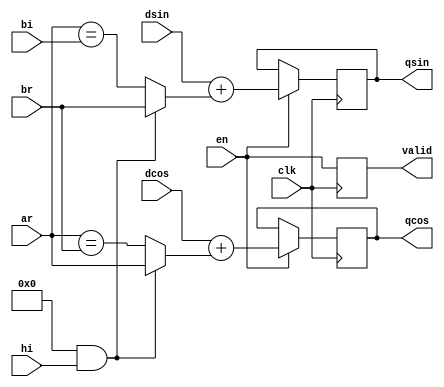
`timescale 1ns/100ps
/*
 * Module      : verilog/tart_wishbone.v
 * Copyright   : (C) Tim Molteno     2016
 *             : (C) Max Scheel      2016
 *             : (C) Patrick Suggate 2016
 * License     : LGPL3
 * 
 * Maintainer  : Patrick Suggate <patrick.suggate@gmail.com>
 * Stability   : Experimental
 * Portability : only tested with a Papilio board (Xilinx Spartan 6)
 * 
 * 
 * This file is part of TART.
 * 
 * TART is free software: you can redistribute it and/or modify it under the
 * terms of the GNU Lesser Public License as published by the Free Software
 * Foundation, either version 3 of the License, or (at your option) any later
 * version.
 * 
 * TART is distributed in the hope that it will be useful, but WITHOUT ANY
 * WARRANTY; without even the implied warranty of MERCHANTABILITY or FITNESS
 * FOR A PARTICULAR PURPOSE.  See the GNU Lesser Public License for more
 * details.
 * 
 * You should have received a copy of the GNU Lesser Public License along with
 * TART.  If not, see <http://www.gnu.org/licenses/>.
 * 
 * 
 * Description:
 * Performs a "complex correlation step."
 * 
 * NOTE:
 *  + not a normal correlation, but computes real sine and cosine components;
 * 
 * TODO:
 * 
 */

module correlate_cos_sin
  #( parameter ACCUM = 24,
     parameter MSB   = ACCUM-1,
     parameter SUMHI = 0,       // is "ones-counting" needed?
     parameter DELAY = 3)
   (
    input          clk,
    input          en,

    input          hi,
    input          ar,
    input          br,
    input          bi,

    input [MSB:0]  dcos,
    input [MSB:0]  dsin,

    output reg     valid = 0,
    output [MSB:0] qcos,
    output [MSB:0] qsin
    );


`ifdef __USE_SWAPPED_MEANS
   wire        c0 = SUMHI && hi ? br == 1'b1 : ar == br;
   wire        c1 = SUMHI && hi ? ar == 1'b1 : ar == bi;
`else
   wire        c0 = SUMHI && hi ? ar == 1'b1 : ar == br;
   wire        c1 = SUMHI && hi ? br == 1'b1 : ar == bi;
`endif

   always @(posedge clk)
     valid <= #DELAY en;

`define __licarus
`ifdef  __licarus
// `ifdef __icarus
   reg [MSB:0]     r_cos = 0;
   reg [MSB:0]     r_sin = 0;

   wire [ACCUM:0]  w_cos = dcos + c0;
   wire [ACCUM:0]  w_sin = dsin + c1;

   assign qcos = r_cos;
   assign qsin = r_sin;

   always @(posedge clk)
     if (en) begin
        r_cos <= #DELAY w_cos[MSB:0];
        r_sin <= #DELAY w_sin[MSB:0];
//         r_sin <= #DELAY {ACCUM{1'b1}};
     end

`else // !`ifdef __icarus
   wire [MSB:0] w_cos = c0 ? dcos + 1 : dcos;
   wire [MSB:0] w_sin = c1 ? dsin + 1 : dsin;

   FDRE #( .INIT(0)) RCOS [MSB:0]
     ( .D(w_cos), .C(clk), .R(1'b0), .CE(en), .Q(qcos));

   FDRE #(.INIT(0)) RSIN [MSB:0]
     ( .D(w_sin), .C(clk), .R(1'b0), .CE(en), .Q(qsin));
`endif // !`ifdef __icarus


endmodule // correlate_cos_sin